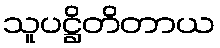
သူပဋ္ဌိတိတာယ